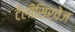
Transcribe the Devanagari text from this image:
टेलीसिर्वेज